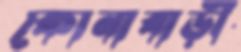
কোনাবাড়ী